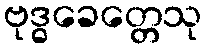
ဗုဒ္ဓခေတ္တေသု